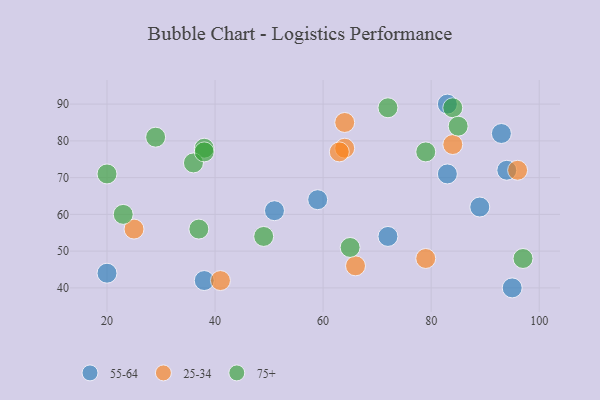
{"axis": {"x": "GDP", "y": "Life Expectancy"}, "legend": ["25-34", "55-64", "75+"], "data": [{"x": "20", "y": 44, "type": "55-64"}, {"x": "89", "y": 62, "type": "55-64"}, {"x": "93", "y": 82, "type": "55-64"}, {"x": "94", "y": 72, "type": "55-64"}, {"x": "51", "y": 61, "type": "55-64"}, {"x": "72", "y": 54, "type": "55-64"}, {"x": "83", "y": 71, "type": "55-64"}, {"x": "95", "y": 40, "type": "55-64"}, {"x": "83", "y": 90, "type": "55-64"}, {"x": "38", "y": 42, "type": "55-64"}, {"x": "59", "y": 64, "type": "55-64"}, {"x": "25", "y": 56, "type": "25-34"}, {"x": "96", "y": 72, "type": "25-34"}, {"x": "64", "y": 78, "type": "25-34"}, {"x": "84", "y": 79, "type": "25-34"}, {"x": "64", "y": 85, "type": "25-34"}, {"x": "41", "y": 42, "type": "25-34"}, {"x": "79", "y": 48, "type": "25-34"}, {"x": "63", "y": 77, "type": "25-34"}, {"x": "66", "y": 46, "type": "25-34"}, {"x": "72", "y": 89, "type": "75+"}, {"x": "84", "y": 89, "type": "75+"}, {"x": "49", "y": 54, "type": "75+"}, {"x": "29", "y": 81, "type": "75+"}, {"x": "79", "y": 77, "type": "75+"}, {"x": "20", "y": 71, "type": "75+"}, {"x": "38", "y": 78, "type": "75+"}, {"x": "65", "y": 51, "type": "75+"}, {"x": "23", "y": 60, "type": "75+"}, {"x": "37", "y": 56, "type": "75+"}, {"x": "36", "y": 74, "type": "75+"}, {"x": "85", "y": 84, "type": "75+"}, {"x": "38", "y": 77, "type": "75+"}, {"x": "97", "y": 48, "type": "75+"}]}